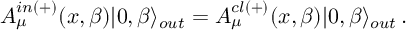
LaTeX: { \cal A } _ { \mu } ^ { i n ( + ) } ( x , \beta ) | 0 , \beta \rangle _ { o u t } = { \cal A } _ { \mu } ^ { c l ( + ) } ( x , \beta ) | 0 , \beta \rangle _ { o u t } \, .